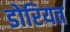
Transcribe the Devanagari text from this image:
डोरियत